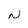
Character: N